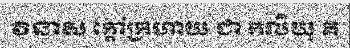
វិនាស ក្តៅក្រហាយ ជា កលិយុ គ